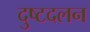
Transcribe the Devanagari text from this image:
दुष्टदलन